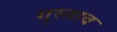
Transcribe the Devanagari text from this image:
गुस्‍ताव